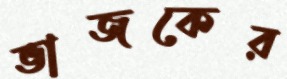
ভাজকের